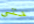
حتى